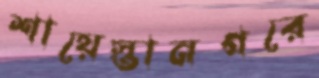
শায়েস্তানগরে